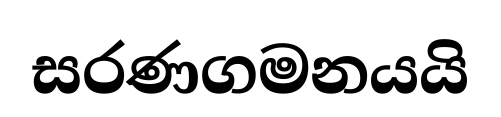
සරණගමනයයි